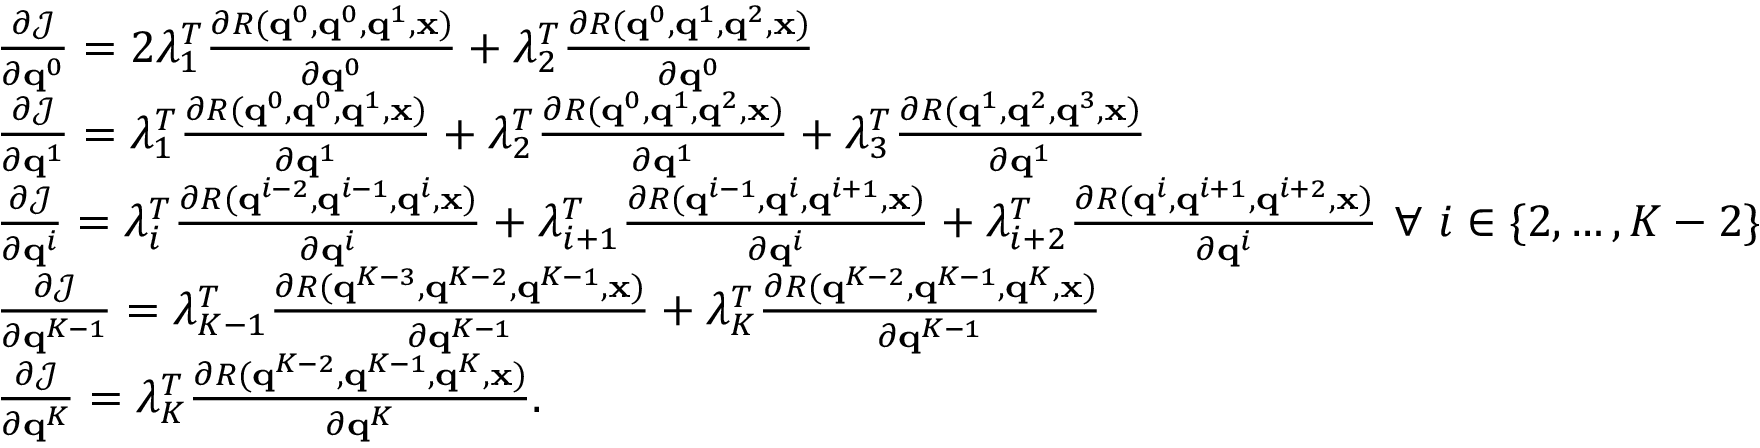
\begin{array} { r l } & { \ensuremath { \frac { \partial \mathcal { J } } { \partial \mathbf { q } ^ { 0 } } } = 2 \lambda _ { 1 } ^ { T } \ensuremath { \frac { \partial R ( \mathbf { q } ^ { 0 } , \mathbf { q } ^ { 0 } , \mathbf { q } ^ { 1 } , \ensuremath { \mathbf { x } } ) } { \partial \mathbf { q } ^ { 0 } } } + \lambda _ { 2 } ^ { T } \ensuremath { \frac { \partial R ( \mathbf { q } ^ { 0 } , \mathbf { q } ^ { 1 } , \mathbf { q } ^ { 2 } , \ensuremath { \mathbf { x } } ) } { \partial \mathbf { q } ^ { 0 } } } } \\ & { \ensuremath { \frac { \partial \mathcal { J } } { \partial \mathbf { q } ^ { 1 } } } = \lambda _ { 1 } ^ { T } \ensuremath { \frac { \partial R ( \mathbf { q } ^ { 0 } , \mathbf { q } ^ { 0 } , \mathbf { q } ^ { 1 } , \ensuremath { \mathbf { x } } ) } { \partial \mathbf { q } ^ { 1 } } } + \lambda _ { 2 } ^ { T } \ensuremath { \frac { \partial R ( \mathbf { q } ^ { 0 } , \mathbf { q } ^ { 1 } , \mathbf { q } ^ { 2 } , \ensuremath { \mathbf { x } } ) } { \partial \mathbf { q } ^ { 1 } } } + \lambda _ { 3 } ^ { T } \ensuremath { \frac { \partial R ( \mathbf { q } ^ { 1 } , \mathbf { q } ^ { 2 } , \mathbf { q } ^ { 3 } , \ensuremath { \mathbf { x } } ) } { \partial \mathbf { q } ^ { 1 } } } } \\ & { \ensuremath { \frac { \partial \mathcal { J } } { \partial \mathbf { q } ^ { i } } } = \lambda _ { i } ^ { T } \ensuremath { \frac { \partial R ( \mathbf { q } ^ { i - 2 } , \mathbf { q } ^ { i - 1 } , \mathbf { q } ^ { i } , \ensuremath { \mathbf { x } } ) } { \partial \mathbf { q } ^ { i } } } + \lambda _ { i + 1 } ^ { T } \ensuremath { \frac { \partial R ( \mathbf { q } ^ { i - 1 } , \mathbf { q } ^ { i } , \mathbf { q } ^ { i + 1 } , \ensuremath { \mathbf { x } } ) } { \partial \mathbf { q } ^ { i } } } + \lambda _ { i + 2 } ^ { T } \ensuremath { \frac { \partial R ( \mathbf { q } ^ { i } , \mathbf { q } ^ { i + 1 } , \mathbf { q } ^ { i + 2 } , \ensuremath { \mathbf { x } } ) } { \partial \mathbf { q } ^ { i } } } \ \forall \ i \in \{ 2 , \dots , K - 2 \} } \\ & { \ensuremath { \frac { \partial \mathcal { J } } { \partial \mathbf { q } ^ { K - 1 } } } = \lambda _ { K - 1 } ^ { T } \ensuremath { \frac { \partial R ( \mathbf { q } ^ { K - 3 } , \mathbf { q } ^ { K - 2 } , \mathbf { q } ^ { K - 1 } , \ensuremath { \mathbf { x } } ) } { \partial \mathbf { q } ^ { K - 1 } } } + \lambda _ { K } ^ { T } \ensuremath { \frac { \partial R ( \mathbf { q } ^ { K - 2 } , \mathbf { q } ^ { K - 1 } , \mathbf { q } ^ { K } , \ensuremath { \mathbf { x } } ) } { \partial \mathbf { q } ^ { K - 1 } } } } \\ & { \ensuremath { \frac { \partial \mathcal { J } } { \partial \mathbf { q } ^ { K } } } = \lambda _ { K } ^ { T } \ensuremath { \frac { \partial R ( \mathbf { q } ^ { K - 2 } , \mathbf { q } ^ { K - 1 } , \mathbf { q } ^ { K } , \ensuremath { \mathbf { x } } ) } { \partial \mathbf { q } ^ { K } } } . } \end{array}